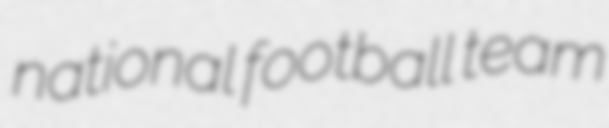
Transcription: national football team